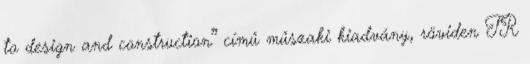
to design and construction” című műszaki kiadvány, röviden TR